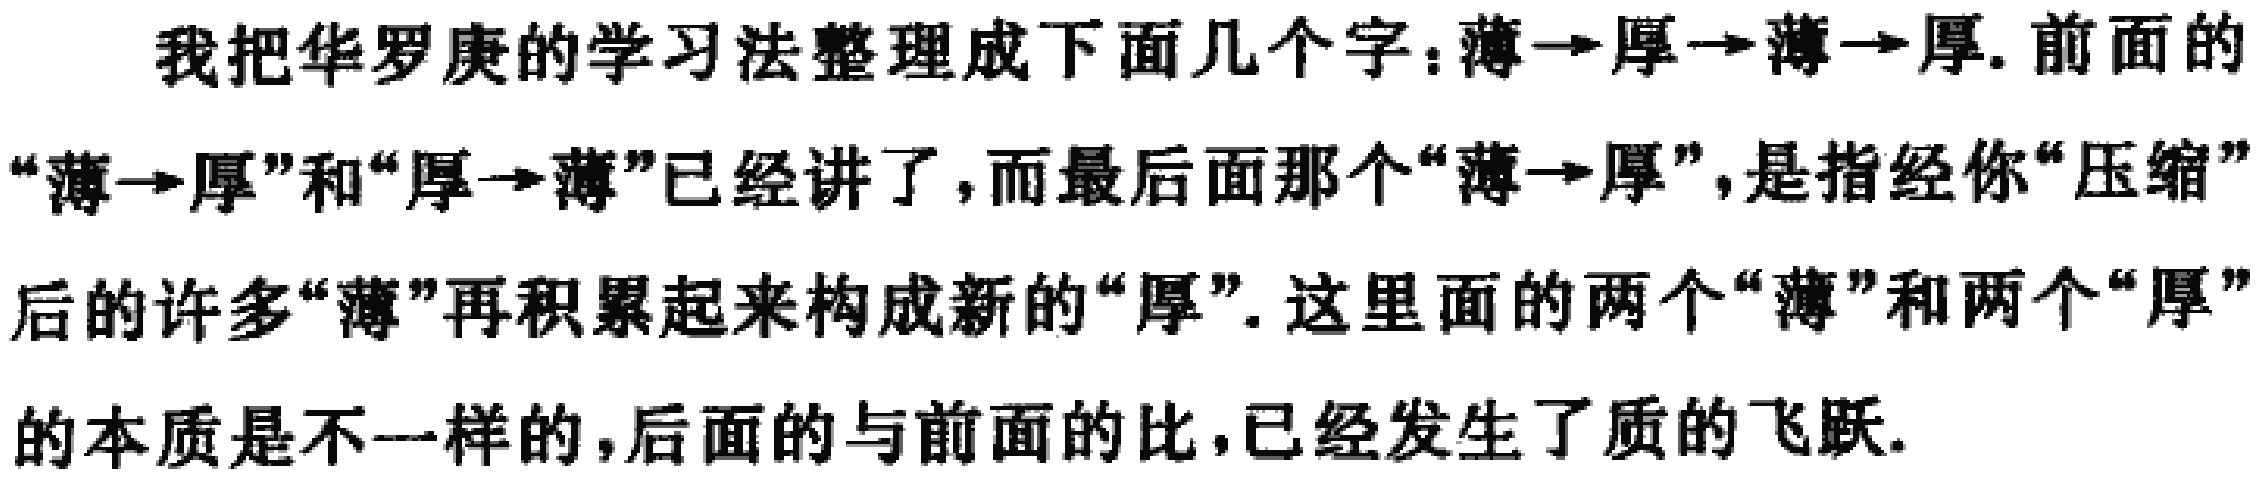
我把华罗庚的学习法整理成下面几个字：薄→厚→薄→厚. 前面的“薄→厚”和“厚→薄”已经讲了，而最后面那个“薄→厚”，是指经你“压缩”后的许多“薄”再积累起来构成新的“厚”. 这里面的两个“薄”和两个“厚”的本质是不一样的，后面的与前面的比，已经发生了质的飞跃.